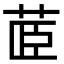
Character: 𮎼